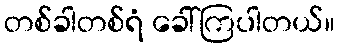
တစ်ခါတစ်ရံ ခေါ်ကြပါတယ်။